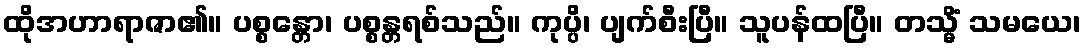
ထိုအဟာရာဇာ၏။ ပစ္စန္တော၊ ပစ္စန္တရစ်သည်။ ကုပ္ပိ၊ ပျက်စီးပြီ။ သူပန်ထပြီ။ တသ္မိံ သမယေ၊